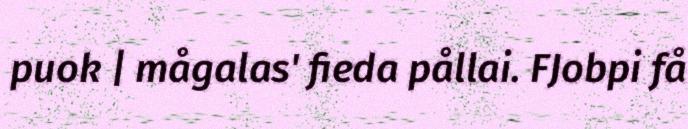
puok | mågalas' fieda pållai. FJobpi få